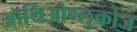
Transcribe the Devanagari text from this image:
ऑर्थिओग्लुकोज